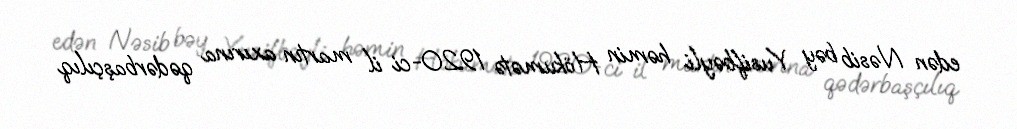
edən Nəsib bəy Yusifbəyli həmin Hökumətə 1920-ci il martın axırına qədərbaşçılıq